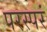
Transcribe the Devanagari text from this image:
परस्परं